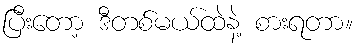
ပြီးတော့ ဒီတစ်မယ်ထဲနဲ့ စားရတာ။